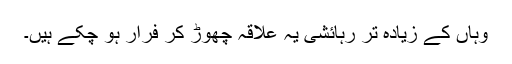
وہاں کے زیادہ تر رہائشی یہ علاقہ چھوڑ کر فرار ہو چکے ہیں۔